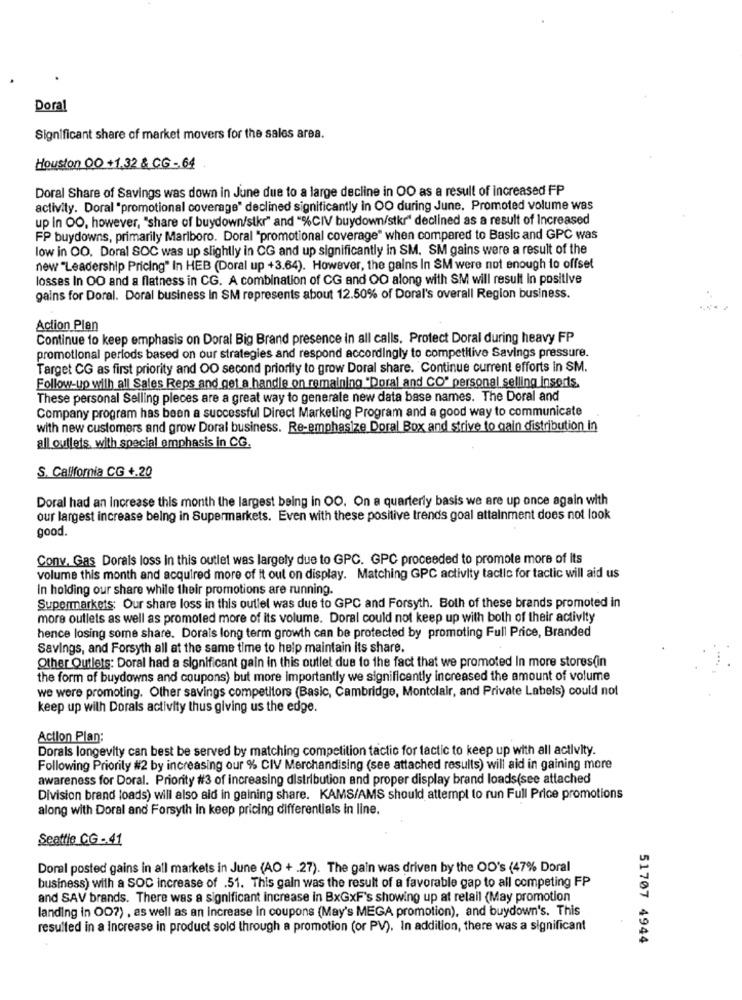
Doral
Significant share of market movers for the sales area.
Houston 00 +1.32 & CG - 64
Doral Share of Savings was down in June due to a large decline in OO as a result of increased FP
activity. Doral "promotional coverage" declined significantly in OO during June. Promoted volume was
up in OO, however, "share of buydown/sikr" and "%CIV buydown/stkr" declined as a result of Increased
FP buydowns, primarily Marlboro. Doral "promotional coverage" when compared to Basic and GPC was
low in OO. Doral SOC was up slightly in CG and up significantly in SM. SM gains were a result of the
new "Leadership Pricing" In HEB (Doral up +3.64). However, the gains In SM were not enough to offset
losses In OO and a flatness in CG. A combination of CG and OO along with SM will result in positive
gains for Doral. Doral business In SM represents about 12.50% of Doral's overall Region business.
Action Plan
Continue to keep emphasis on Doral Big Brand presence in all calls, Protect Doral during heavy FP
promotional periods based on our strategies and respond accordingly to competitive Savings pressure.
Target CG as first priority and OO second priority to grow Doral share. Continue current efforts in SM.
Follow-up wilh all Sales Reps and get a handle on remaining "Doral and CO" personal selling Insorts.
These personal Selling pleces are a great way to generale new data base names. The Doral and
Company program has been a successful Direct Marketing Program and a good way to communicate
with new customers and grow Doral business. Re-emphasize Doral Box and strive to gain distribution in
all outlets, with special emphasis in CG.
S. California CG +.20
Doral had an Increase this month the largest being in OO. On a quarterly basis we are up once again with
our largest increase being in Supermarkets. Even with these positive trends goal attainment does not look
good.
Conv. Gas Dorals loss in this outlet was largely due to GPC. GPC proceeded to promote more of its
volume this month and acquired more of it out on display. Matching GPC activity tactic for tactic will aid us
In holding our share while their promotions are running.
Supermarkets; Our share loss in this outlel was due to GPC and Forsyth. Both of these brands promoted in
more outlets as well as promoted more of its volume. Doral could not keep up with both of their activity
hence losing some share. Dorais long term growth can be protected by promoting Full Price, Branded
Savings, and Forsyth all at the same time to help maintain its share.
Other Outlets: Doral had a significant gain in this outlet due to the fact that we promoted In more stores(in
the form of buydowns and coupons) but more importantly we significantly increased the amount of volume
we were promoting. Other savings competitors (Basic, Cambridge, Montolair, and Private Labels) could not
keep up with Dorals activity thus giving us the edge.
Action Plan:
Dorals longevity can best be served by matching competition tactic for tactic to keep up with all activity.
Following Priority #2 by increasing our % CIV Merchandising (see attached results) will aid in gaining more
awareness for Doral. Priority #3 of increasing distribution and proper display brand loads(see attached
Division brand loads) will also aid in gaining share. KAMS/AMS should attempt to run Full Price promotions
along with Doral and Forsyth in keep pricing differentials in line.
Seattle CG- 41
Doral posted gains in all markets in June (AO + .27). The gain was driven by the OD's (47% Doral
business) with a SOC increase of .51. This gain was the result of a favorable gap to all competing FP
and SAV brands. There was a significant increase in BxGxF's showing up at retail (May promotion
landing in O07) , as well as an increase in coupons (May's MEGA promotion), and buydown's. This
resulted in a Increase in product sold through a promotion (or PV). In addition, there was a significant
51707 4944